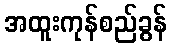
အထူးကုန်စည်ခွန်